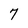
Character: 7